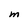
Character: M